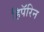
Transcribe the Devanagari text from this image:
हिपॅरिन